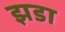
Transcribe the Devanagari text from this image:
झडा